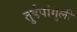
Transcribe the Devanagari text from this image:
तुईपांगुली